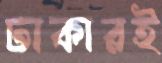
ঢাকারই